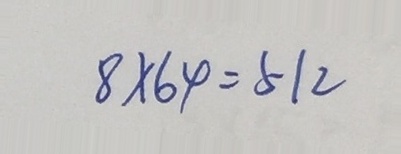
8 \times 6 4 = 5 1 2